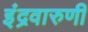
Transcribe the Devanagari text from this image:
इंद्रवारुणी